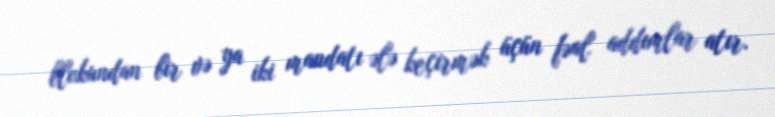
blokundan bir və ya iki mandatı ələ keçirmək üçün fəal addımlar atır.